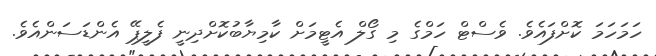
ހަމަހަމަ ކޮށްފައެވެ. ވެސްޓް ހަމްގެ މި ގޯލް އެޓީމަށް ކާމިޔާބުކޮށްދިނީ ފެލީޕޭ އެންޑަސަންއެވެ.